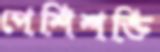
পেশিশক্তি